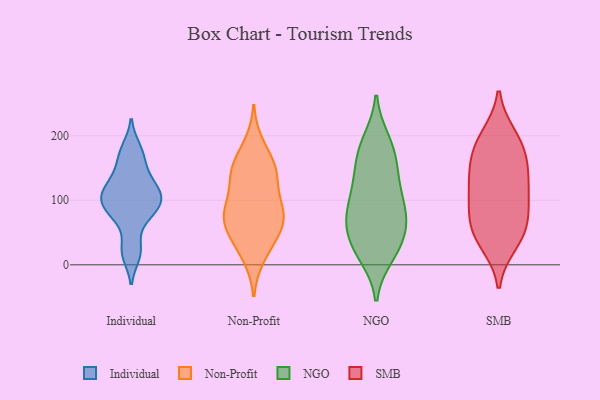
{"axis": {"x": "Active Users", "y": "Value"}, "legend": ["Individual", "NGO", "Non-Profit", "SMB"], "data": [{"x": "", "y": 100, "type": "Individual"}, {"x": "", "y": 75, "type": "Individual"}, {"x": "", "y": 16, "type": "Individual"}, {"x": "", "y": 80, "type": "Individual"}, {"x": "", "y": 146, "type": "Individual"}, {"x": "", "y": 167, "type": "Individual"}, {"x": "", "y": 111, "type": "Individual"}, {"x": "", "y": 180, "type": "Individual"}, {"x": "", "y": 102, "type": "Individual"}, {"x": "", "y": 90, "type": "Individual"}, {"x": "", "y": 121, "type": "Individual"}, {"x": "", "y": 25, "type": "Individual"}, {"x": "", "y": 121, "type": "Individual"}, {"x": "", "y": 45, "type": "Non-Profit"}, {"x": "", "y": 146, "type": "Non-Profit"}, {"x": "", "y": 186, "type": "Non-Profit"}, {"x": "", "y": 162, "type": "Non-Profit"}, {"x": "", "y": 70, "type": "Non-Profit"}, {"x": "", "y": 81, "type": "Non-Profit"}, {"x": "", "y": 67, "type": "Non-Profit"}, {"x": "", "y": 27, "type": "Non-Profit"}, {"x": "", "y": 141, "type": "Non-Profit"}, {"x": "", "y": 13, "type": "Non-Profit"}, {"x": "", "y": 98, "type": "Non-Profit"}, {"x": "", "y": 58, "type": "Non-Profit"}, {"x": "", "y": 78, "type": "Non-Profit"}, {"x": "", "y": 87, "type": "Non-Profit"}, {"x": "", "y": 137, "type": "Non-Profit"}, {"x": "", "y": 139, "type": "Non-Profit"}, {"x": "", "y": 24, "type": "NGO"}, {"x": "", "y": 158, "type": "NGO"}, {"x": "", "y": 133, "type": "NGO"}, {"x": "", "y": 24, "type": "NGO"}, {"x": "", "y": 73, "type": "NGO"}, {"x": "", "y": 175, "type": "NGO"}, {"x": "", "y": 82, "type": "NGO"}, {"x": "", "y": 184, "type": "NGO"}, {"x": "", "y": 86, "type": "NGO"}, {"x": "", "y": 15, "type": "NGO"}, {"x": "", "y": 75, "type": "NGO"}, {"x": "", "y": 37, "type": "NGO"}, {"x": "", "y": 129, "type": "NGO"}, {"x": "", "y": 192, "type": "NGO"}, {"x": "", "y": 118, "type": "NGO"}, {"x": "", "y": 47, "type": "NGO"}, {"x": "", "y": 75, "type": "NGO"}, {"x": "", "y": 121, "type": "SMB"}, {"x": "", "y": 118, "type": "SMB"}, {"x": "", "y": 47, "type": "SMB"}, {"x": "", "y": 75, "type": "SMB"}, {"x": "", "y": 45, "type": "SMB"}, {"x": "", "y": 58, "type": "SMB"}, {"x": "", "y": 92, "type": "SMB"}, {"x": "", "y": 187, "type": "SMB"}, {"x": "", "y": 101, "type": "SMB"}, {"x": "", "y": 149, "type": "SMB"}, {"x": "", "y": 199, "type": "SMB"}, {"x": "", "y": 151, "type": "SMB"}, {"x": "", "y": 34, "type": "SMB"}, {"x": "", "y": 161, "type": "SMB"}, {"x": "", "y": 192, "type": "SMB"}]}